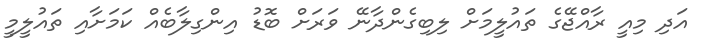
އަދި މިއީ ރާއްޖޭގެ ތައުލީމަށް ލިބިގެންދާނޭ ވަރަށް ބޮޑު އިންގިލާބެއް ކަމަށާއި ތައުލީމީ